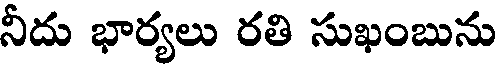
నీదు భార్యలు రతి సుఖంబును